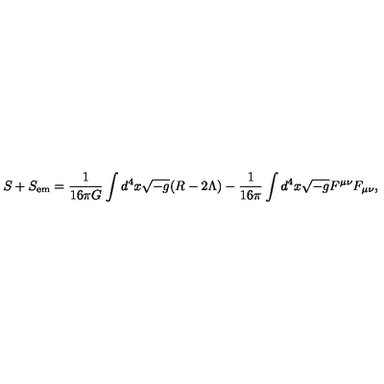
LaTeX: S + S _ { \mathrm { e m } } = \frac { 1 } { 1 6 \pi G } \int { d ^ { 4 } x \sqrt { - g } ( R - 2 \Lambda ) } - \frac { 1 } { 1 6 \pi } \int { d ^ { 4 } x \sqrt { - g } F ^ { \mu \nu } F _ { \mu \nu } } ,